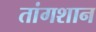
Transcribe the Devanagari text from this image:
तांगशान